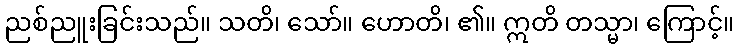
ညစ်ညူးခြင်းသည်။ သတိ၊ သော်။ ဟောတိ၊ ၏။ ဣတိ တသ္မာ၊ ကြောင့်။